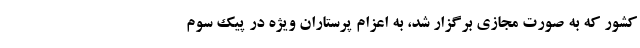
کشور که به صورت مجازی برگزار شد، به اعزام پرستاران ویژه در پیک سوم